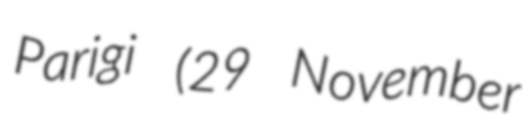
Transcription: Parigi (29 November